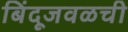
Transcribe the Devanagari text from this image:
बिंदूजवळची